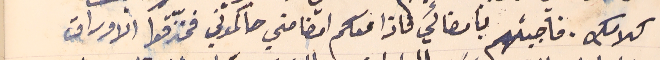
كلامك. فاجبتهم بامضائي فاذا معكم امضائي فحاكموني فمزقوا الاوراق